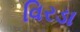
વિરડા